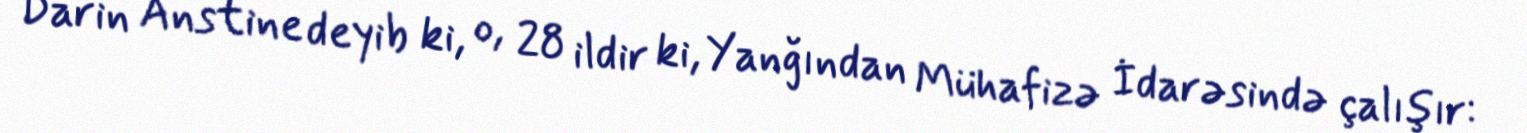
Darin Anstine deyib ki, o, 28 ildir ki, Yanğından Mühafizə İdarəsində çalışır: